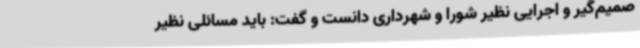
صمیم‌گیر و اجرایی نظیر شورا و شهرداری دانست و گفت: باید مسائلی نظیر